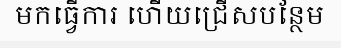
មកធ្វើការ ហើយជ្រើសបន្ថែម